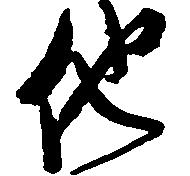
他